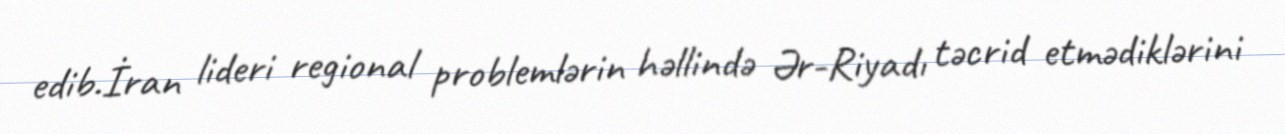
edib.İran lideri regional problemlərin həllində Ər-Riyadı təcrid etmədiklərini